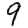
Digit: 9